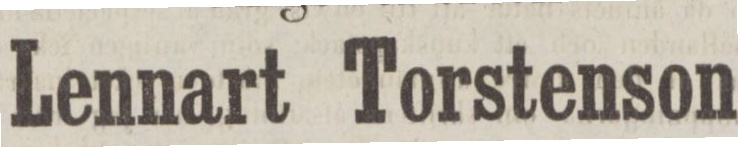
Lennart Torstenson.